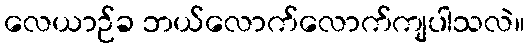
လေယာဉ်ခ ဘယ်လောက်လောက်ကျပါသလဲ။